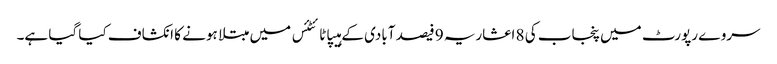
سروے رپورٹ میں پنجاب کی 8 اعشاریہ 9 فیصد آبادی کے ہیپاٹائٹئس میں مبتلا ہونے کا انکشاف کیا گیا ہے۔